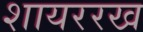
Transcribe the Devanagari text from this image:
शायररख